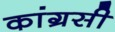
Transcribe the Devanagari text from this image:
कांग्रसी